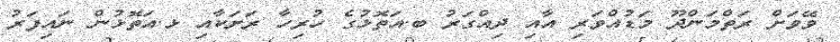
ވޭވަށް ރަތްމަންދޫ މަޑުއްވަރި އާއި ދިއްގަރު ބ.އަތޮޅުގެ ހުރިހާ ރަށަކާއި ޅ.އަތޮޅުން ނައިފަރު